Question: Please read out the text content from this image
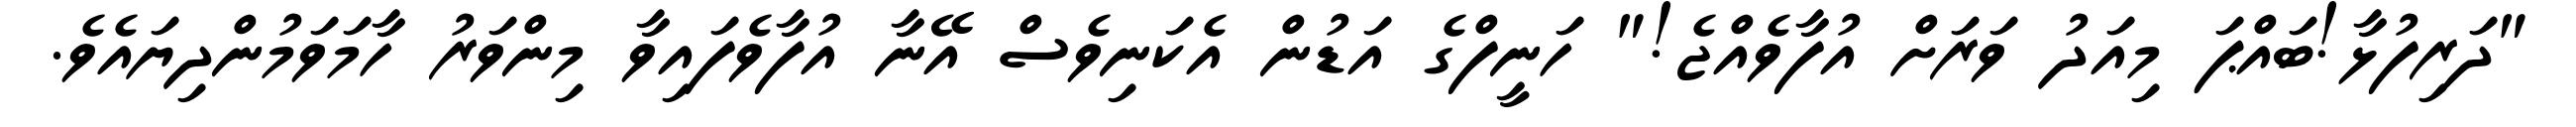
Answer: "ދަރިފުޅާ!ބައްޕަ މިއަދު ވަރަށް އުފާވެއްޖެ!" ހަނީފްގެ އަޑުން އެކަނިވެސް އޭނާ އުފާވެފައިވާ މިންވަރު ހާމަވަމުންދިޔައެވެ.